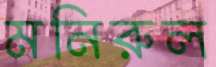
মনিরুল